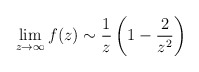
\begin{align*}\lim_{z \rightarrow \infty} f(z) \sim \frac{1}{z}\left( 1 - \frac{2}{z^2} \right)\end{align*}